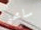
سامحني